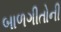
બાળગીતોની